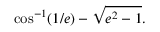
\cos ^ { - 1 } ( 1 / e ) - { \sqrt { e ^ { 2 } - 1 } } .